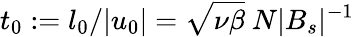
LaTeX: t_{0}:=l_{0}/|u_{0}|=\sqrt{\nu\beta}~N|B_{s}|^{-1}